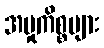
အမှုကိစ္စများ